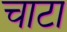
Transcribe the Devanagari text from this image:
चाटा